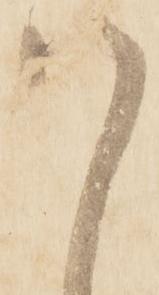
ハ